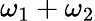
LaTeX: \omega_{1}+\omega_{2}